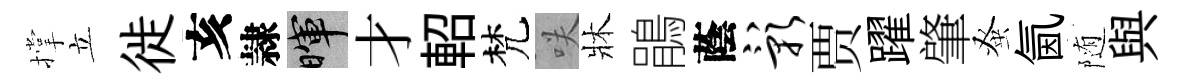
撑立徙亥隷暉才軺梵咲牀鵑蔭影贾躍肇𫊫氤随與